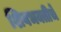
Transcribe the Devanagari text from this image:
शिवभक्तीचे